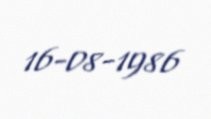
16-08-1986